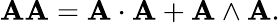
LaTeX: \mathbf{A}\mathbf{A}=\mathbf{A}\cdot\mathbf{A}+\mathbf{A}\wedge\mathbf{A}.